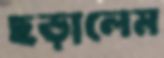
ছড়ালেম